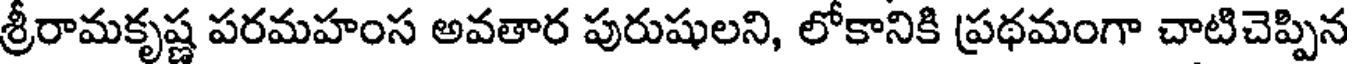
శ్రీరామకృష్ణ పరమహంస అవతార పురుషులని, లోకానికి ప్రథమంగా చాటిచెప్పిన